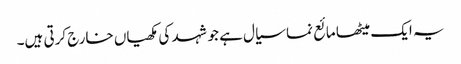
یہ ایک میٹھا مائع نما سیال ہے جو شہد کی مکھیاں خارج کرتی ہیں۔